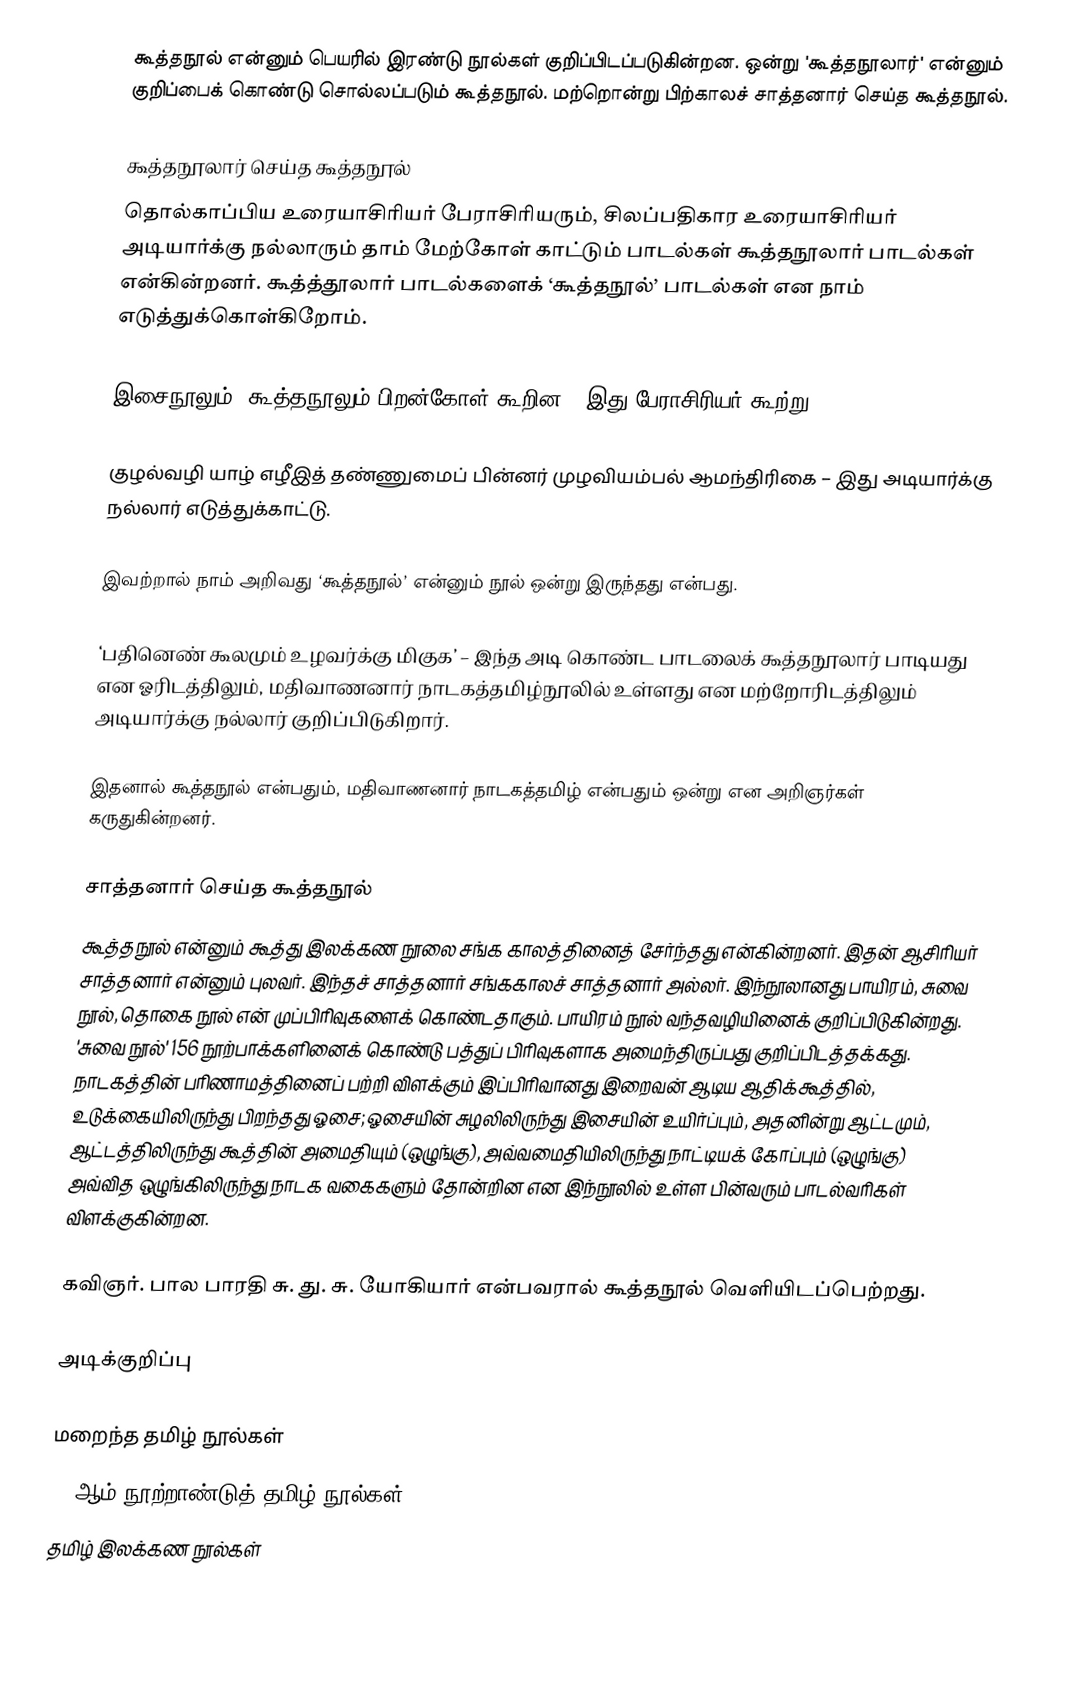
கூத்தநூல் என்னும் பெயரில் இரண்டு நூல்கள் குறிப்பிடப்படுகின்றன. ஒன்று 'கூத்தநூலார்' என்னும் குறிப்பைக் கொண்டு சொல்லப்படும் கூத்தநூல். மற்றொன்று பிற்காலச் சாத்தனார் செய்த கூத்தநூல்.

கூத்தநூலார் செய்த கூத்தநூல்
தொல்காப்பிய உரையாசிரியர் பேராசிரியரும், சிலப்பதிகார உரையாசிரியர் அடியார்க்கு நல்லாரும் தாம் மேற்கோள் காட்டும் பாடல்கள் கூத்தநூலார் பாடல்கள் என்கின்றனர். கூத்த்தூலார் பாடல்களைக் ‘கூத்தநூல்’ பாடல்கள் என நாம் எடுத்துக்கொள்கிறோம்.

இசைநூலும், கூத்தநூலும் பிறன்கோள் கூறின – இது பேராசிரியர் கூற்று.

குழல்வழி யாழ் எழீஇத் தண்ணுமைப் பின்னர் முழவியம்பல் ஆமந்திரிகை – இது அடியார்க்கு நல்லார் எடுத்துக்காட்டு.

இவற்றால் நாம் அறிவது ‘கூத்தநூல்’ என்னும் நூல் ஒன்று இருந்தது என்பது.

‘பதினெண் கூலமும் உழவர்க்கு மிகுக’ – இந்த அடி கொண்ட பாடலைக் கூத்தநூலார்  பாடியது என ஓரிடத்திலும், மதிவாணனார் நாடகத்தமிழ்நூலில் உள்ளது என மற்றோரிடத்திலும் அடியார்க்கு நல்லார் குறிப்பிடுகிறார்.

இதனால் கூத்தநூல் என்பதும், மதிவாணனார் நாடகத்தமிழ் என்பதும் ஒன்று என அறிஞர்கள் கருதுகின்றனர்.

சாத்தனார் செய்த கூத்தநூல்
கூத்தநூல் என்னும் கூத்து இலக்கண நூலை சங்க காலத்தினைத் சேர்ந்தது என்கின்றனர். இதன் ஆசிரியர் சாத்தனார் என்னும் புலவர். இந்தச் சாத்தனார் சங்ககாலச் சாத்தனார் அல்லர். இந்நூலானது பாயிரம், சுவை நூல், தொகை நூல் என் முப்பிரிவுகளைக் கொண்டதாகும். பாயிரம் நூல் வந்தவழியினைக் குறிப்பிடுகின்றது. 'சுவை நூல்' 156 நூற்பாக்களினைக் கொண்டு பத்துப் பிரிவுகளாக அமைந்திருப்பது குறிப்பிடத்தக்கது. நாடகத்தின் பரிணாமத்தினைப் பற்றி விளக்கும் இப்பிரிவானது இறைவன் ஆடிய ஆதிக்கூத்தில், உடுக்கையிலிருந்து பிறந்தது ஓசை; ஓசையின் சுழலிலிருந்து இசையின் உயிர்ப்பும், அதனின்று ஆட்டமும், ஆட்டத்திலிருந்து கூத்தின் அமைதியும் (ஒழுங்கு), அவ்வமைதியிலிருந்து நாட்டியக் கோப்பும் (ஒழுங்கு) அவ்வித ஒழுங்கிலிருந்து நாடக வகைகளும் தோன்றின என இந்நூலில் உள்ள பின்வரும் பாடல்வரிகள் விளக்குகின்றன.

கவிஞர். பால பாரதி சு. து. சு. யோகியார் என்பவரால் கூத்தநூல் வெளியிடப்பெற்றது.

அடிக்குறிப்பு

மறைந்த தமிழ் நூல்கள்
12 ஆம் நூற்றாண்டுத் தமிழ் நூல்கள்
தமிழ் இலக்கண நூல்கள்